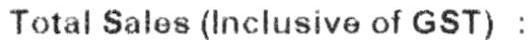
TOTAL SALES (INCLUSIVE OF GST) :